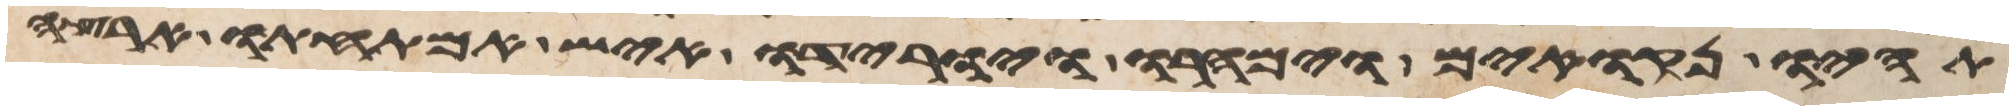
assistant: תהיו נקואים וימהרו ויורידו איש אמתחתו ארצה